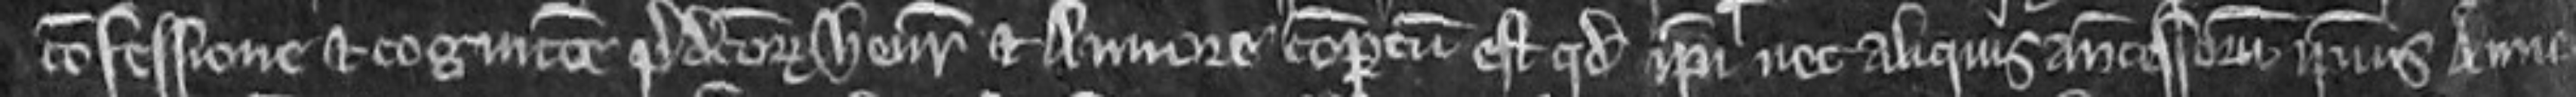
confessione et cognicione predictorum Henrici et Annore compertum est quod ipsi nec aliquis antecessorum ipsius Anno